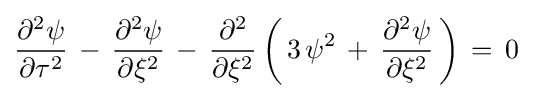
{\frac {\partial ^{2}\psi }{\partial \tau ^{2}}}\,-\,{\frac {\partial ^{2}\psi }{\partial \xi ^{2}}}\,-\,{\frac {\partial ^{2}}{\partial \xi ^{2}}}\left(\,3\,\psi ^{2}\,+\,{\frac {\partial ^{2}\psi }{\partial \xi ^{2}}}\,\right)\,=\,0